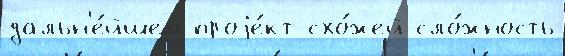
дальн'е́йшем проjе́кт схо́жей сло́жность